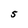
Character: S